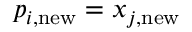
\boldsymbol { p } _ { i , \mathrm { n e w } } = \boldsymbol { x } _ { j , \mathrm { n e w } }